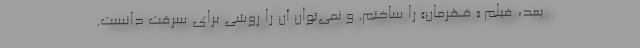
بعد، فیلم « قهرمان» را ساختم. و نمی‌توان آن را روشی برای سرقت دانست.